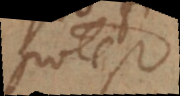
potest.